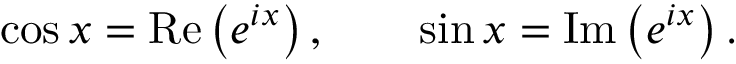
\cos x = \operatorname { R e } \left( e ^ { i x } \right) , \qquad \sin x = \operatorname { I m } \left( e ^ { i x } \right) .